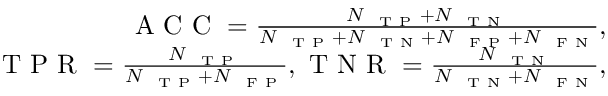
\begin{array} { r } { \mathrm { ~ A ~ C ~ C ~ } = \frac { N _ { \mathrm { ~ \scriptsize ~ T ~ P ~ } } + N _ { \mathrm { ~ \scriptsize ~ T ~ N ~ } } } { N _ { \mathrm { ~ \scriptsize ~ T ~ P ~ } } + N _ { \mathrm { ~ \scriptsize ~ T ~ N ~ } } + N _ { \mathrm { ~ \scriptsize ~ F ~ P ~ } } + N _ { \mathrm { ~ \scriptsize ~ F ~ N ~ } } } , } \\ { \mathrm { ~ T ~ P ~ R ~ } = \frac { N _ { \mathrm { ~ \scriptsize ~ T ~ P ~ } } } { N _ { \mathrm { ~ \scriptsize ~ T ~ P ~ } } + N _ { \mathrm { ~ \scriptsize ~ F ~ P ~ } } } , \mathrm { ~ T ~ N ~ R ~ } = \frac { N _ { \mathrm { ~ \scriptsize ~ T ~ N ~ } } } { N _ { \mathrm { ~ \scriptsize ~ T ~ N ~ } } + N _ { \mathrm { ~ \scriptsize ~ F ~ N ~ } } } , } \end{array}